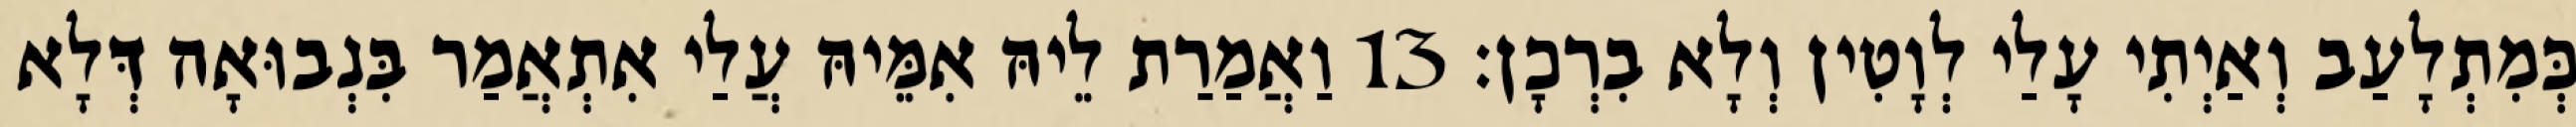
כְּמִתְלָעַב וְאַיְתִי עָלַי לְוָטִין וְלָא בִרְכָן׃ 13 וַאֲמַרַת לֵיהּ אִמֵּיהּ עֲלַי אִתְאֲמַר בִּנְבוּאָה דְּלָא